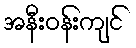
အနီးဝန်းကျင်